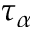
\tau _ { \alpha }